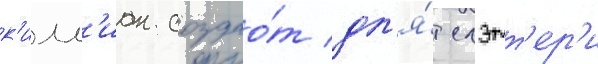
к'илл'иан создао́т дл'я́ слэтт'ер'и